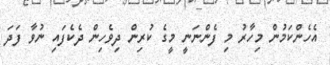
އެހެންކަމުން މިހާރު މި ފެންނަނީ މީގެ ކުރިން ދިވެހިން ދެކެފައި ނުވާ ފަދަ